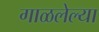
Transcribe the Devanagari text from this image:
गाळलेल्या